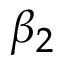
\beta _ { 2 }